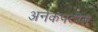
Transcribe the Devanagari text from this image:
अनेकपटीत